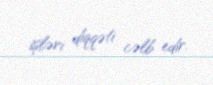
işləri diqqəti cəlb edir.